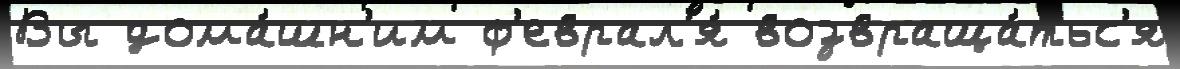
Вы дома́шн'им ф'еврал'я́ возвраща́тьс'я